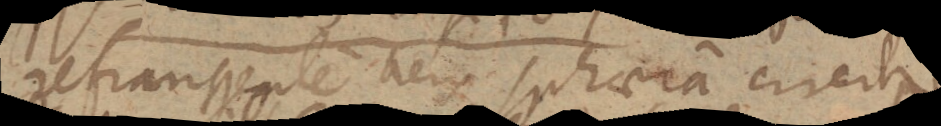
refrangentem aeris sphaeram circiter